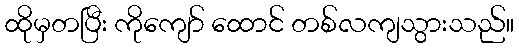
ထိုမှတပြီး ကိုကျော် ထောင် တစ်လကျသွားသည်။